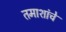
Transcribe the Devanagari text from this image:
तमाशांचे